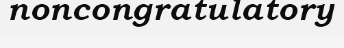
noncongratulatory